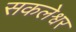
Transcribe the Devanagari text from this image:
सकलेश्वर